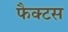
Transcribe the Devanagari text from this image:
फैक्टस